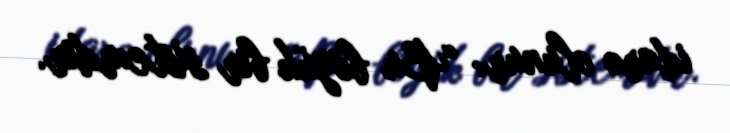
idarə olunur: “Bu böyük bir sistemdir.